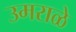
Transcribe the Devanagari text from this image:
उमराळे